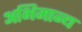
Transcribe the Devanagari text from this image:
अभिमान्य